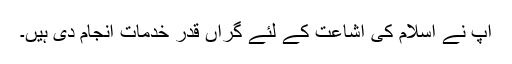
آپ نے اسلام کی اشاعت کے لئے گراں قدر خدمات انجام دی ہیں۔